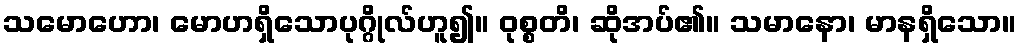
သမောဟော၊ မောဟရှိသောပုဂ္ဂိုလ်ဟူ၍။ ဝုစ္စတိ၊ ဆိုအပ်၏။ သမာနော၊ မာနရှိသော။